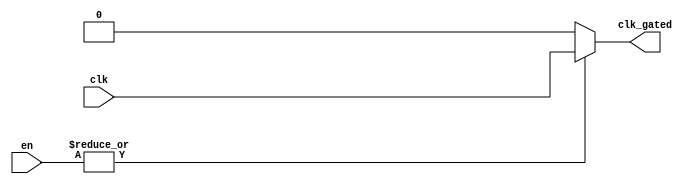
module clock_gating (
    input wire clk,          // Primary clock signal
    input wire [N-1:0] en,  // Enable signals (N can be adjusted based on requirements)
    output wire clk_gated    // Gated clock signal
);

// Parameter to define the number of enable signals
parameter N = 4; // Adjust this value as necessary

// Internal wire to hold the OR result of enable signals
wire en_combined;

// OR gate to combine all enable signals
assign en_combined = |en; // Bitwise OR operation on enable signals

// Gated clock logic
assign clk_gated = en_combined ? clk : 1'b0; // If any enable is high, pass clk; otherwise, output low

endmodule